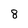
Character: 8